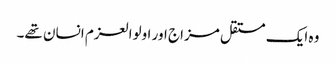
وہ ایک مستقل مزاج اور اولوالعزم انسان تھے۔